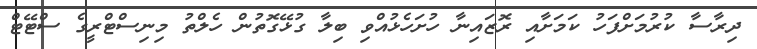
ދިރާސާ ކުރުމަށްފަހު ކަމަށާއި ރޮޒައިނާ ހުށަހެޅުއްވި ބިލާ ގުޅޭގޮތުން ހެލްތު މިނިސްޓްރީގެ ސްޓޭޓް